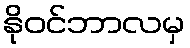
နိုဝင်ဘာလမှ